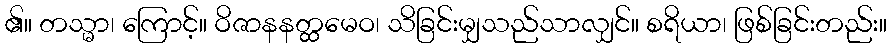
၏။ တသ္မာ၊ ကြောင့်။ ဝိဇာနနတ္ထမေဝ၊ သိခြင်းမျှသည်သာလျှင်။ စရိယာ၊ ဖြစ်ခြင်းတည်း။